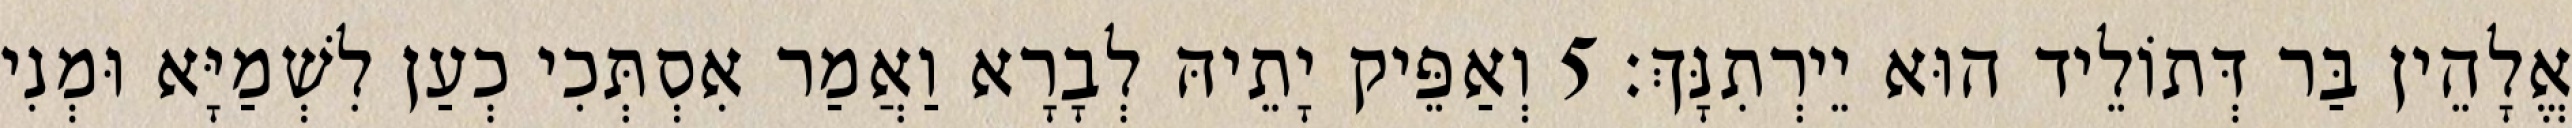
אֱלָהֵין בַּר דְּתוֹלֵיד הוּא יֵירְתִנָּךְ׃ 5 וְאַפֵּיק יָתֵיהּ לְבָרָא וַאֲמַר אִסְתְּכִי כְעַן לִשְׁמַיָּא וּמְנִי